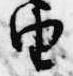
由